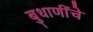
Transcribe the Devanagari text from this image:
बुधाणींचे